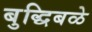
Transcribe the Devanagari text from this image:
बुद्धिबळे